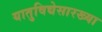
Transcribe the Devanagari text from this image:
यातुविद्येसारख्या